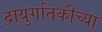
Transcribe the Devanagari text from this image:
द्रायुगतिकीच्या